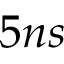
5 n s